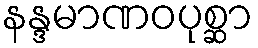
နန္ဒမာဏဝပုစ္ဆာ